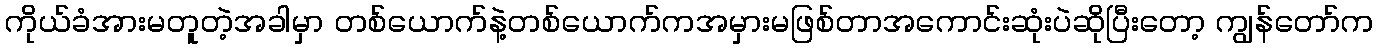
ကိုယ်ခံအားမတူတဲ့အခါမှာ တစ်ယောက်နဲ့တစ်ယောက်ကအမှားမဖြစ်တာအကောင်းဆုံးပဲဆိုပြီးတော့ ကျွန်တော်က